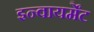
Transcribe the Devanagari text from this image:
इन्वायर्मेंट